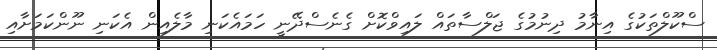
ސްކޫލްތަކުގެ އިނާމު ދިނުމުގެ ޖަލްސާތައް ލައިވްކޮށް ގެނެސްދޭނީ ހަމައެކަނި މާލެއިން އެކަނި ނޫންކަމަށާއި